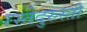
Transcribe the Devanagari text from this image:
रस्तेदुरुस्ती